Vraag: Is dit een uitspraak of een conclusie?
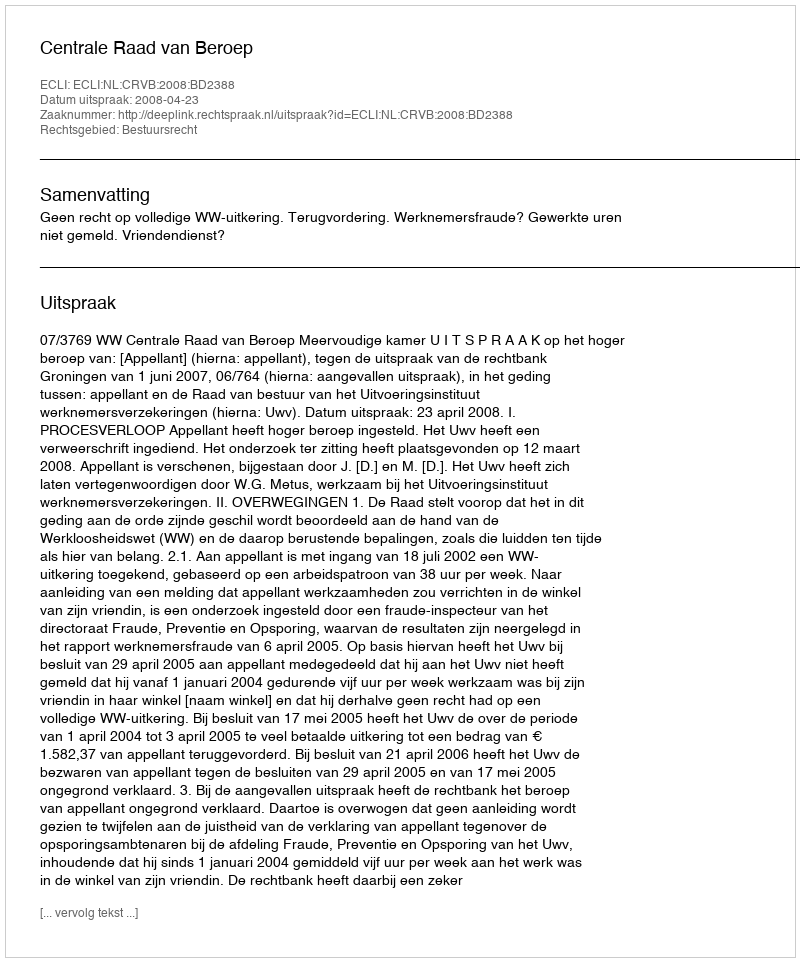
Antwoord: Uitspraak